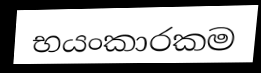
භයංකාරකම